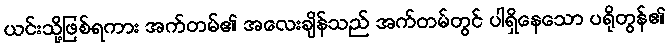
ယင်းသို့ဖြစ်ရကား အက်တမ်၏ အလေးချိန်သည် အက်တမ်တွင် ပါရှိနေသော ပရိုတွန်၏